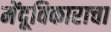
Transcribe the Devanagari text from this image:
मेंदूविकाराचा